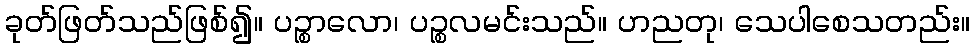
ခုတ်ဖြတ်သည်ဖြစ်၍။ ပဉ္စာလော၊ ပဉ္စလမင်းသည်။ ဟညတု၊ သေပါစေသတည်း။